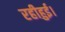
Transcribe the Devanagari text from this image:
रहीहुई।